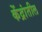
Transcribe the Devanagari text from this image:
केंद्रांतील